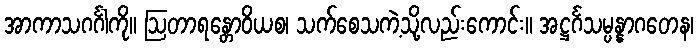
အာကာသဂင်္ဂါကို။ ဩတာရန္တောဝိယစ၊ သက်စေသကဲ့သို့လည်းကောင်း။ အဋ္ဌင်္ဂသမ္ပန္နာဂတေန၊